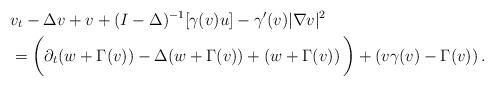
LaTeX: \begin{align*}&v_t-\Delta v+v+(I-\Delta)^{-1}[\gamma(v)u]-\gamma'(v)|\nabla v|^2\\&=\bigg(\partial_t(w+\Gamma(v))-\Delta (w+\Gamma(v))+\left(w+\Gamma(v)\right)\bigg)+\left(v\gamma(v)-\Gamma(v)\right).\end{align*}